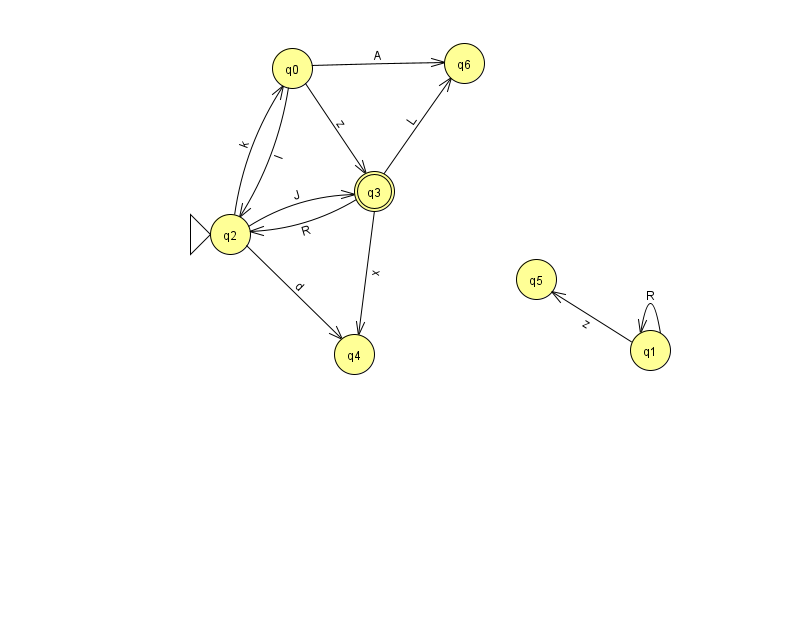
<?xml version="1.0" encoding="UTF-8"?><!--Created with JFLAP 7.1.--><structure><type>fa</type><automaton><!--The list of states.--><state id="0" name="q0"><x>292.0</x><y>55.0</y></state><state id="1" name="q1"><x>650.0</x><y>337.0</y></state><state id="2" name="q2"><x>230.0</x><y>221.0</y><initial/></state><state id="3" name="q3"><x>374.0</x><y>178.0</y><final/></state><state id="4" name="q4"><x>354.0</x><y>341.0</y></state><state id="5" name="q5"><x>536.0</x><y>266.0</y></state><state id="6" name="q6"><x>464.0</x><y>50.0</y></state><!--The list of transitions.--><transition><from>0</from><to>2</to><read>I</read></transition><transition><from>0</from><to>3</to><read>z</read></transition><transition><from>0</from><to>6</to><read>A</read></transition><transition><from>3</from><to>2</to><read>R</read></transition><transition><from>1</from><to>1</to><read>R</read></transition><transition><from>2</from><to>0</to><read>k</read></transition><transition><from>3</from><to>4</to><read>x</read></transition><transition><from>3</from><to>6</to><read>L</read></transition><transition><from>2</from><to>4</to><read>d</read></transition><transition><from>2</from><to>3</to><read>J</read></transition><transition><from>1</from><to>5</to><read>z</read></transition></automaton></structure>